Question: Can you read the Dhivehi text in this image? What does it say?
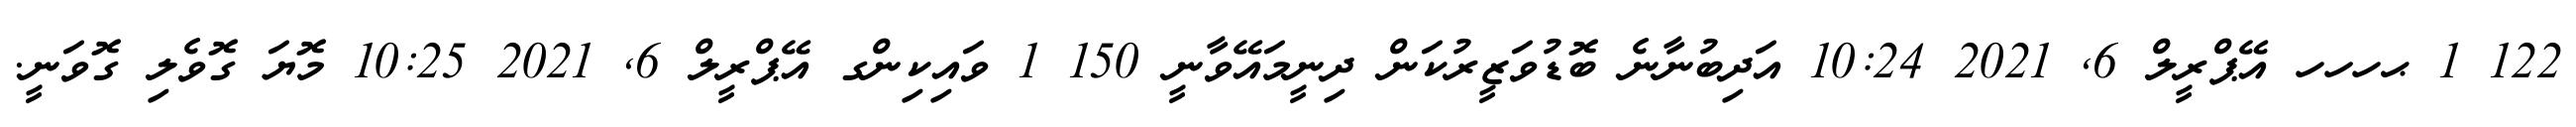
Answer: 122 1 ޙހހހ އޭޕްރީލް 6, 2021 10:24 އަދިބުނާނެ ބޮޑުވަޒީރުކަން ދިނީމައޭވާނީ 150 1 ވައިކިންގ އޭޕްރީލް 6, 2021 10:25 މޮޔަ ގޮވެލި ގޮވަނީ.